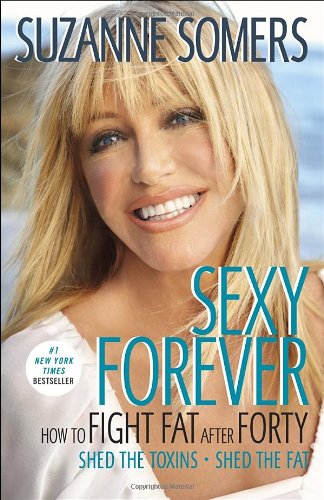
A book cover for Sexy Forever: How to Fight Fat after Forty; Suzanne Somers; Health, Fitness & Dieting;